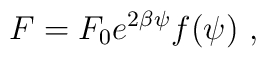
F = F_0 e^{2 \beta \psi} f(\psi) \ ,